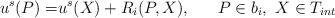
LaTeX: \begin{align*}u^s(P)=&u^s(X)+R_i(P,X),~~~~~ P\in b_i, ~X\in T_{int}\end{align*}